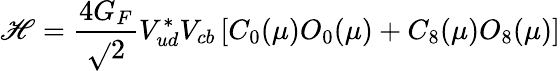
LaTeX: {\cal\mathscr{H}}={\frac{{4G_{F}}}{{\sqrt{}{2}}}}V_{ud}^{*}V_{cb}\left[C_{0}(\mu)O_{0}(\mu)+C_{8}(\mu)O_{8}(\mu)\right]